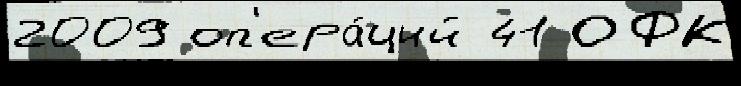
2009 оп'ера́ций 41 ОФК